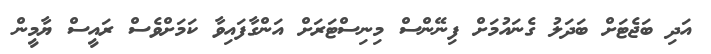
އަދި ބަޖެޓަށް ބަދަލު ގެނައުމަށް ފިނޭންސް މިނިސްޓަރަށް އަންގާފައިވާ ކަމަށްވެސް ރައީސް ޔާމީން